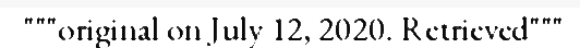
"""original on July 12, 2020. Retrieved"""